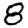
Digit: 8